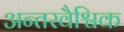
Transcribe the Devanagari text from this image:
अन्तरवैश्विक